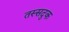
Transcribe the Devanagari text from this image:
तस्सदुक